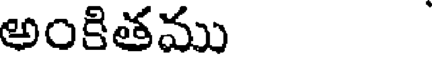
అంకితము